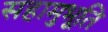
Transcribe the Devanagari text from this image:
सहामुभूति